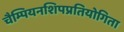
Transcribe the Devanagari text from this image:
चैम्पियनशिपप्रतियोगिता